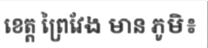
ខេត្ត ព្រៃវែង មាន ភូមិ៖